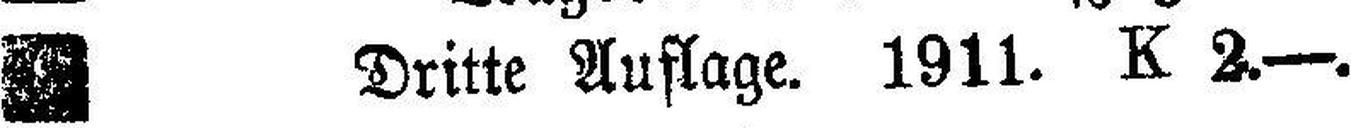
Dritte Auflage. 1911. K 2.—.